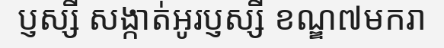
ប្ញស្សី សង្កាត់អូរប្ញស្សី ខណ្ឌ៧មករា